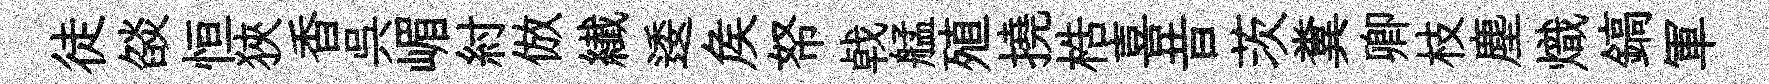
徒燄恒狹香呉嵋紂倣纎逶矦帑㦸艋殖撓梏喜昔茨糞卿枝塵熾鎬軍